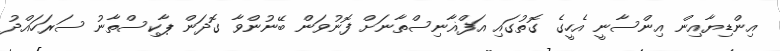
އިންޑިޔާއިން އިންސާނީ އެހީގެ ގޮތުގައި އަފްޣާނިސްތާނަށް ފޮނުވަން ބޭނުންވާ ގޮދަން ޕާކިސްތާނު ސަރަހައްދު